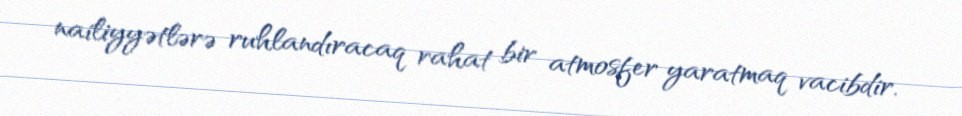
nailiyyətlərə ruhlandıracaq rahat bir atmosfer yaratmaq vacibdir.